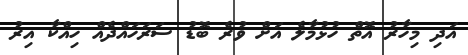
އަދި މިހާރު އޮތް ހުޅުމާލެ އަށް ވުރެ ބޮޑު ސަރަހައްދެއް ހިއްކާ އިރު